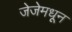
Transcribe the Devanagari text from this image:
जेजेमधून